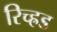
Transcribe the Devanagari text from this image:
रिच्ह्रड